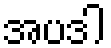
အပဒါ